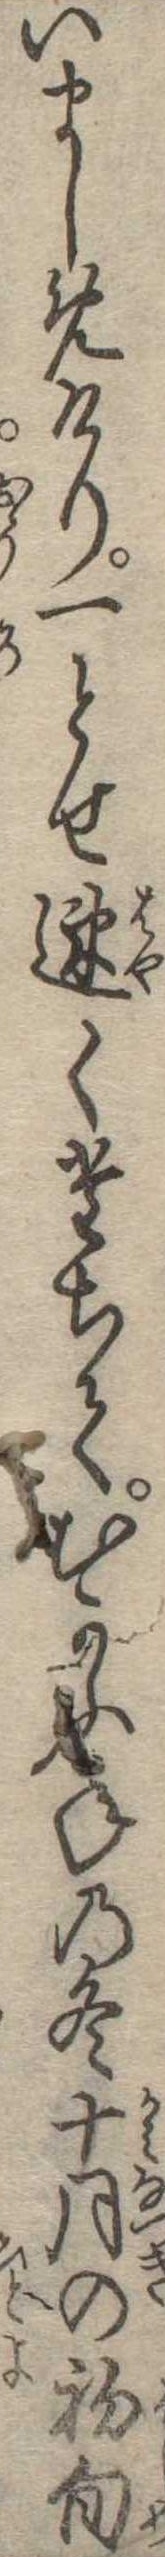
いましめけり一とせ速くたちてむかふ年の冬十月の初旬